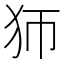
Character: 𤜳